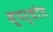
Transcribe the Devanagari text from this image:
स्पर्धाेत